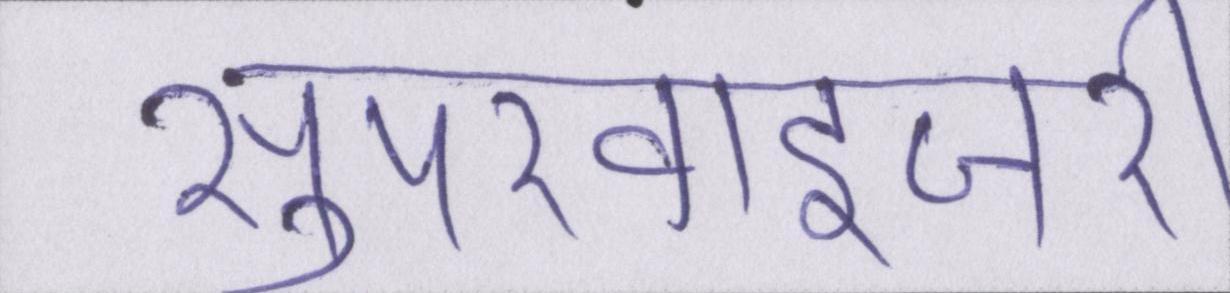
सुपरवाइजरी